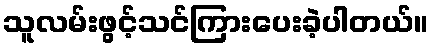
သူလမ်းဖွင့်သင်ကြားပေးခဲ့ပါတယ်။